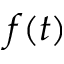
f ( t )